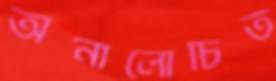
অনালোচিত